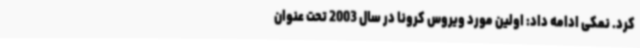
کرد. نمکی ادامه داد: اولین مورد ویروس کرونا در سال 2003 تحت عنوان